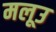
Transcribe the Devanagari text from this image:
मलूउ